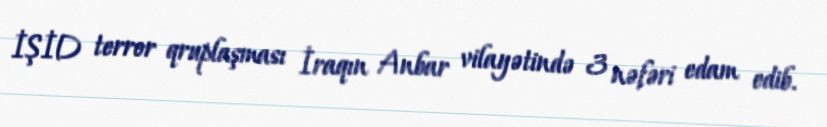
İŞİD terror qruplaşması İraqın Anbar vilayətində 3 nəfəri edam edib.